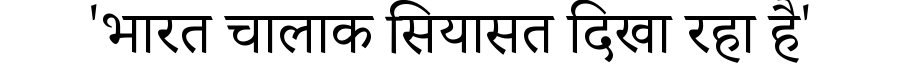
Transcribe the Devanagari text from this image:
'भारत चालाक सियासत दिखा रहा है'